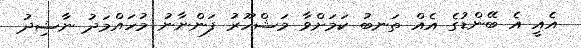
އެއީ އެ ބޭންޑުގެ އެއް ތަނބު ކަމަށްވާ މަޝްހޫރު ފަންނާނު މުހައްމަދު ނާޝިދު